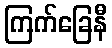
ကြက်ခြေနီ